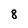
Character: 8